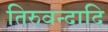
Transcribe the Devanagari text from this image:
तिरुवन्दादि